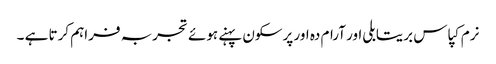
نرم کپاس بریتابلی اور آرام دہ اور پرسکون پہنے ہوئے تجربہ فراہم کرتا ہے ۔